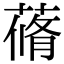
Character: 蓨